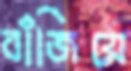
বাঁজিয়ে